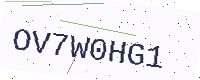
Text: OV7W0HG1